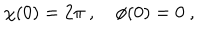
LaTeX: \chi ( 0 ) = 2 \pi \ , \quad \phi ( 0 ) = 0 \ ,